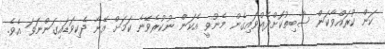
ކަން ކުރައްވާކަން ސާބިތުކޮށްދެއްވައިގެން މެނުވީ އެކަން ނުކުރެވޭނެ ކަމަށް އޭނާ ދެކިވަޑައިގަންނަވަ އެވެ.